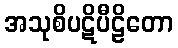
အသုစိပဋိပီဠိတော